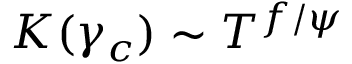
K ( \gamma _ { c } ) \sim T ^ { f / \psi }